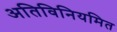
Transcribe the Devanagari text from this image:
अतिविनियमित